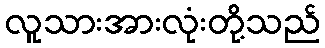
လူသားအားလုံးတို့သည်